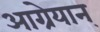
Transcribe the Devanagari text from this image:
आग्रेयान्